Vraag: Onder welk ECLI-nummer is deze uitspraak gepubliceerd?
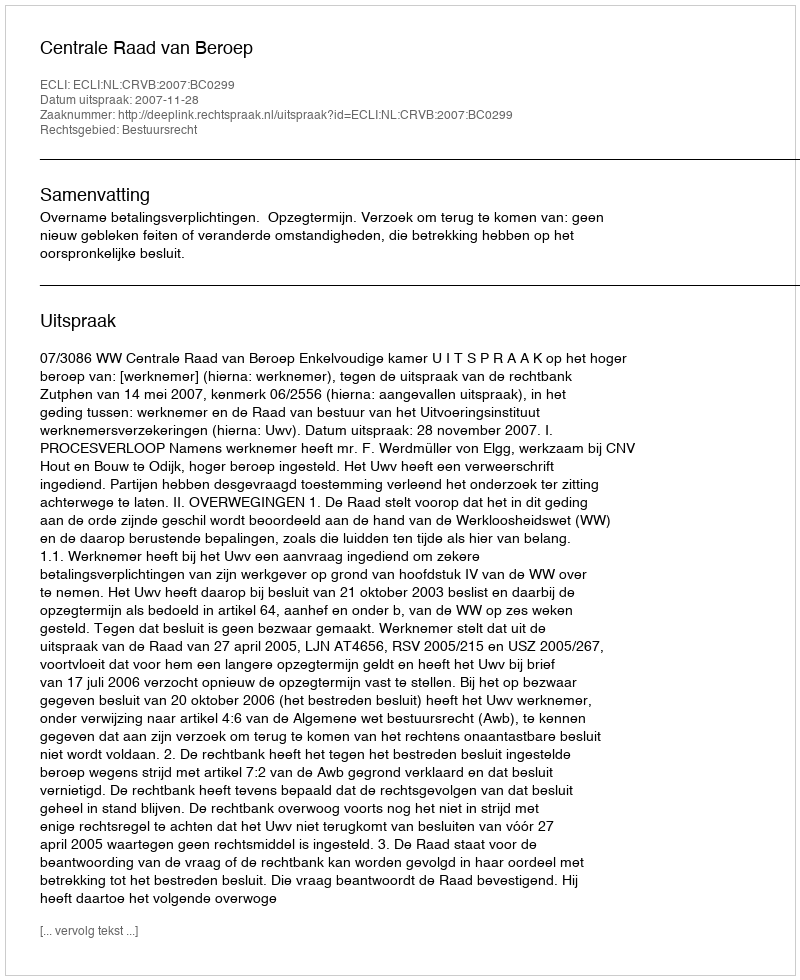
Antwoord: ECLI:NL:CRVB:2007:BC0299